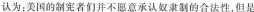
认为：美国的制宪者们并不意承认奴隶制的合法性，但是